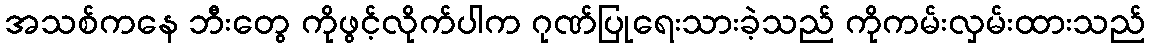
အသစ်ကနေ ဘီးတွေ ကိုဖွင့်လိုက်ပါက ဂုဏ်ပြုရေးသားခဲ့သည် ကိုကမ်းလှမ်းထားသည်